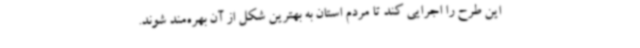
این طرح را اجرایی کند تا مردم استان به بهترین شکل از آن بهره‌مند شوند.